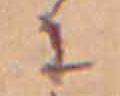
に